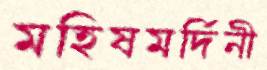
মহিষমর্দিনী